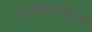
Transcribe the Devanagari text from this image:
नामांकनांसाठी